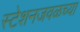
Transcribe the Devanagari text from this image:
स्टेशनजवळच्या